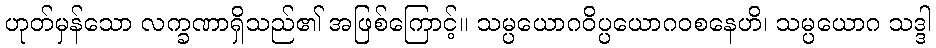
ဟုတ်မှန်သော လက္ခဏာရှိသည်၏ အဖြစ်ကြောင့်။ သမ္ပယောဂဝိပ္ပယောဂဝစနေဟိ၊ သမ္ပယောဂ သဒ္ဒါ